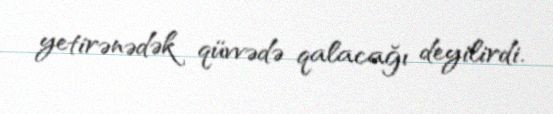
yetirənədək qüvvədə qalacağı deyilirdi.